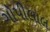
ગોપીલાલ